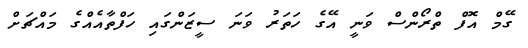
ގޭމް އޮފް ތްރޯންސް ވަނީ އޭގެ ހަތަރު ވަނަ ސީޒަންގައި ހަފްތާއެއްގެ މައްޗަށް